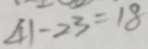
4 1 - 2 3 = 1 8